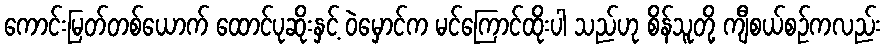
ကောင်းမြတ်တစ်ယောက် ထောင်ပုဆိုးနှင့် ဝဲမှောင်က မင်ကြောင်ထိုးပါ သည်ဟု စိန်သူတို့ ကျီစယ်စဉ်ကလည်း